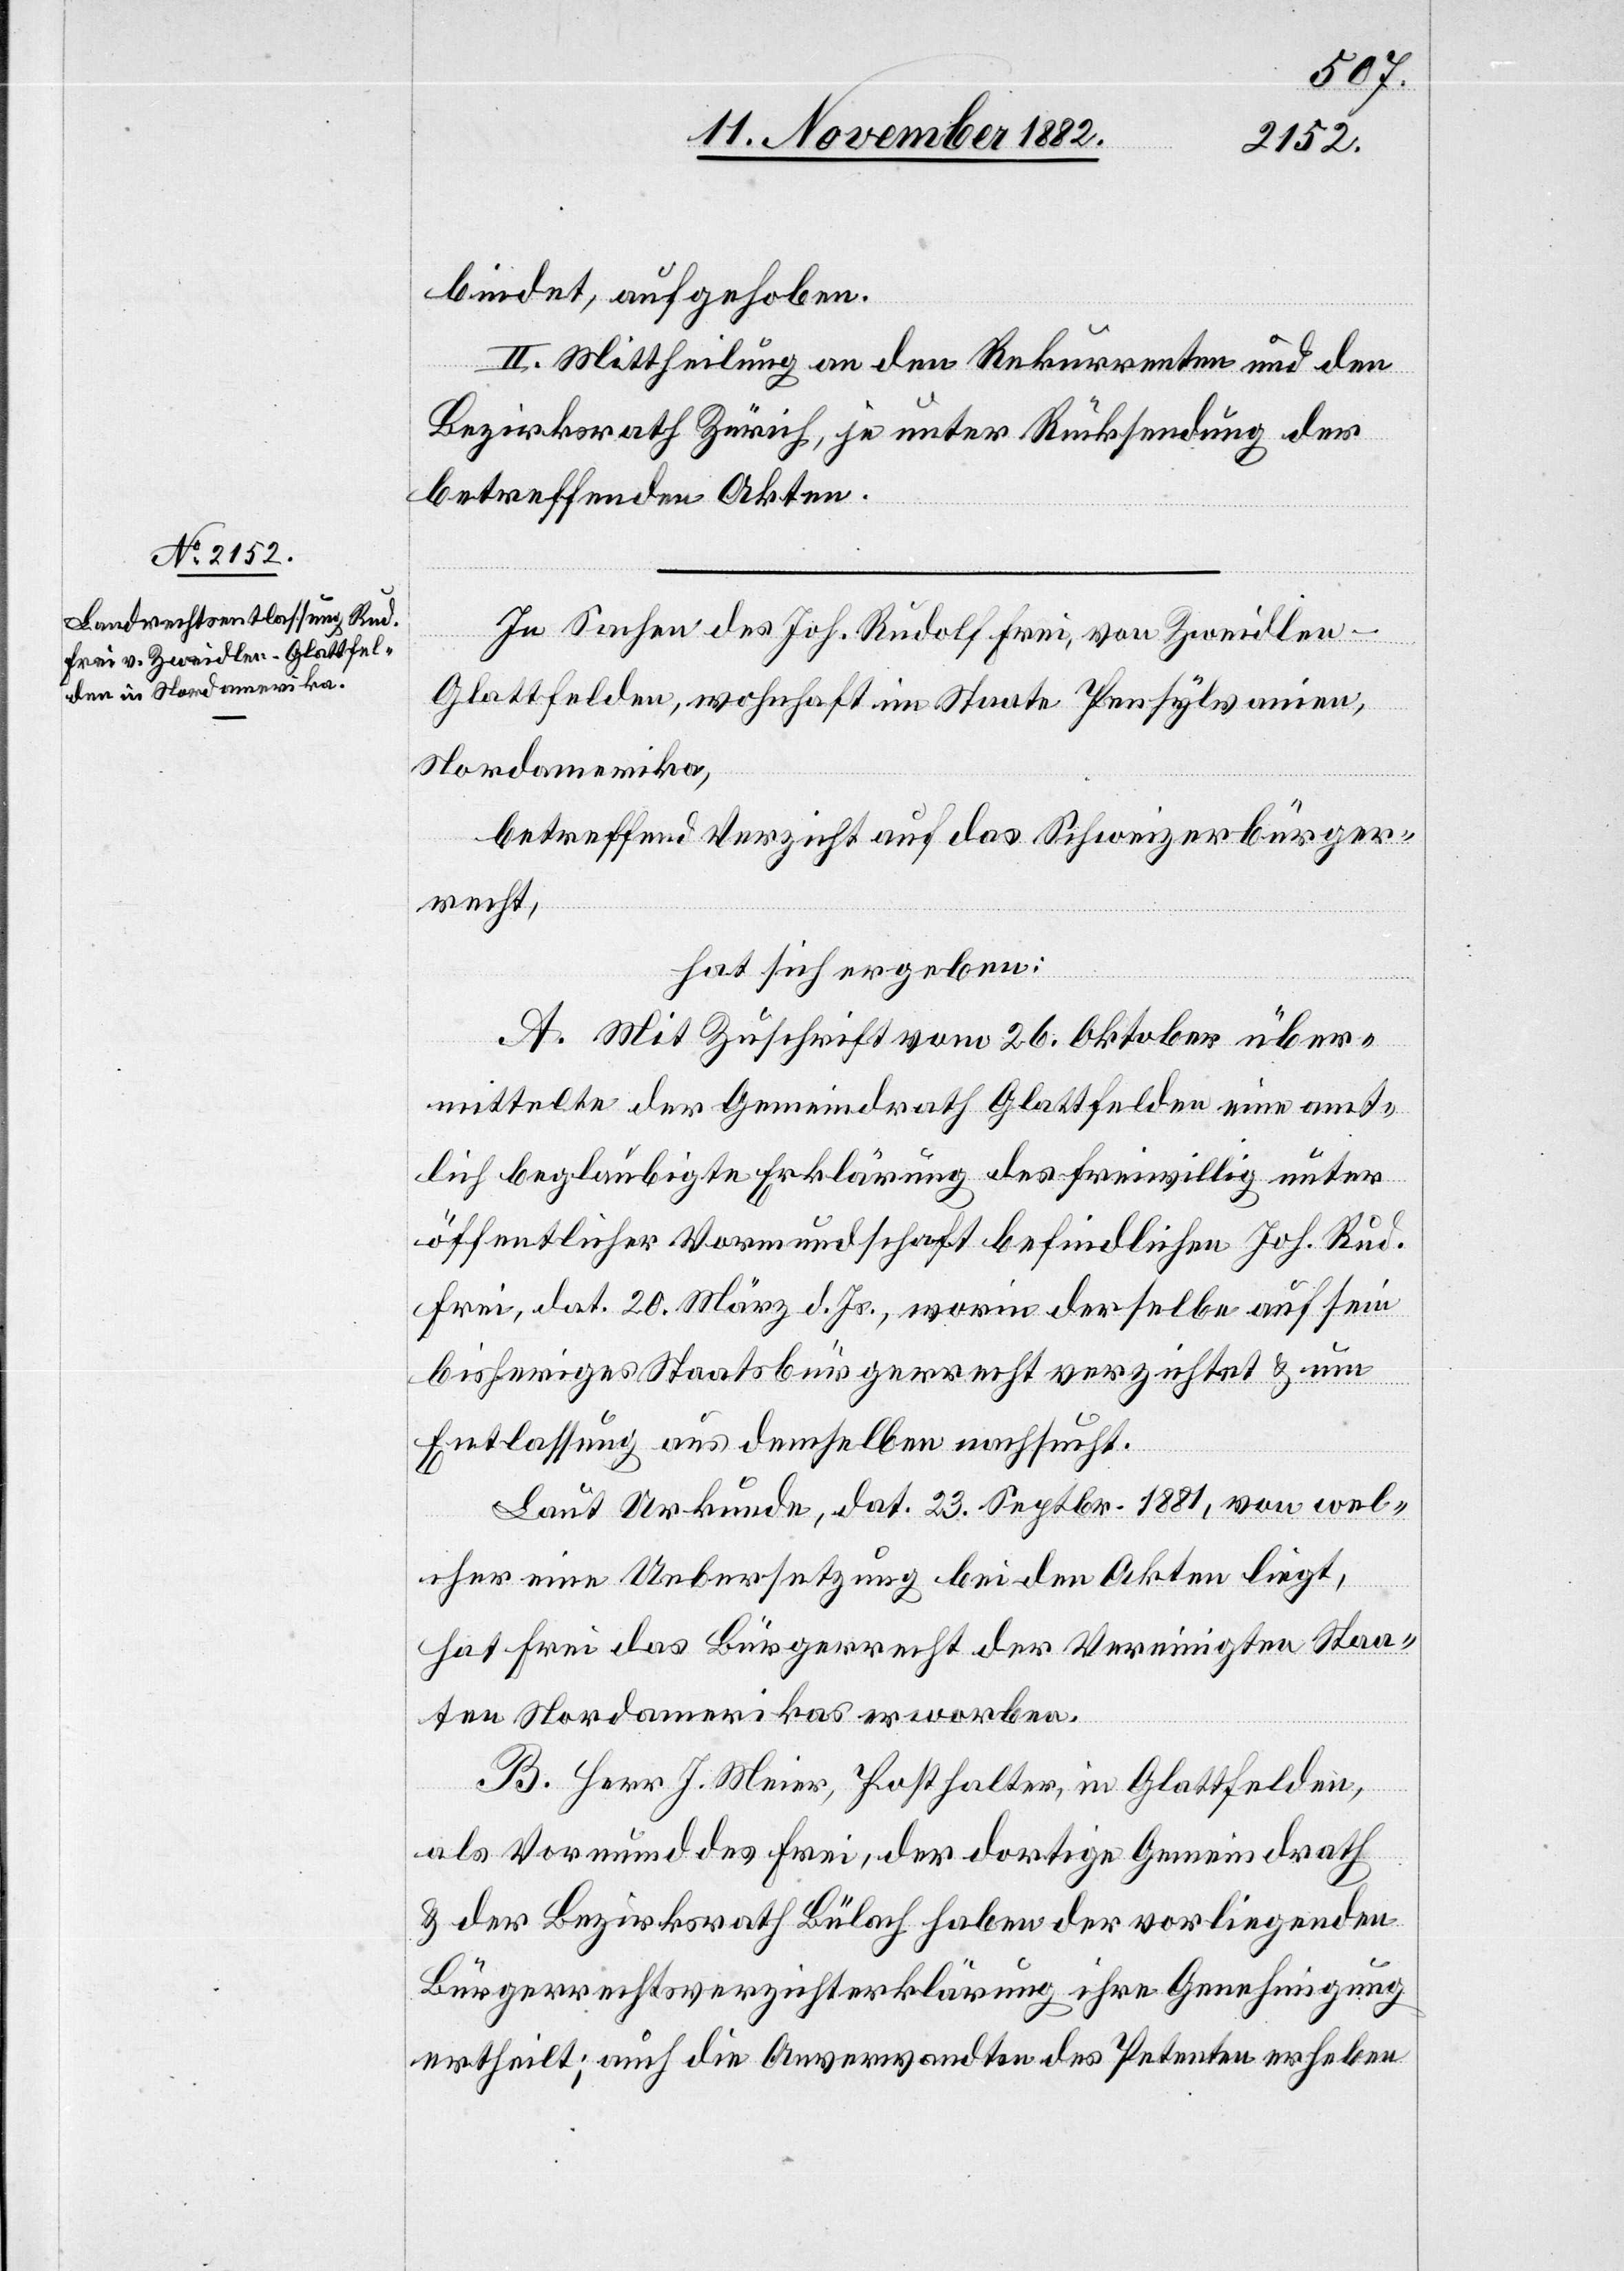
bindet, aufgehoben.
II. Mittheilung an den Rekurrenten und an
Bezirksrath Zürich, je unter Rücksendung der
betreffenden Akten.
In Sachen des Joh. Rudolf Frei, von Zweidlen
Glattfelden, wohnhaft im Staate Pensylvanien,
Nordamerika,
den
betreffend Verzicht auf das Schweizerbürger¬
recht,
hat sich ergeben:
A. Mit Zuschrift vom 26. Oktober über¬
mittelte der Gemeindrath Glattfelden eine amt¬
lich beglaubigte Erklärung des freiwillig unter
öffentlicher Vormundschaft befindlichen Joh. Rud.
Frei, dat. 20. März d. Js., worin derselbe auf sein
bisheriges Staatsbürgerrecht verzichtet & um
Entlassung aus demselben nachsucht.
Laut Urkunde, dat. 23. Septbr. 1881, von wel¬
cher eine Uebersetzung bei den Akten liegt,
hat Frei das Bürgerrecht der Vereinigten Staa¬
ten Nordamerikas erworben.
B. Herr J. Meier, Posthalter, in Glattfelden,
als Vormund des Frei, der dortige Gemeindrath
& der Bezirksrath Bülach haben der vorliegenden
Bürgerrechtsverzichterklärung ihre Genehmigung
ertheilt; auch die Anverwandten des Petenten erheben